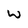
Character: w